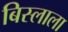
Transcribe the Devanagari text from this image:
बिस्लाला